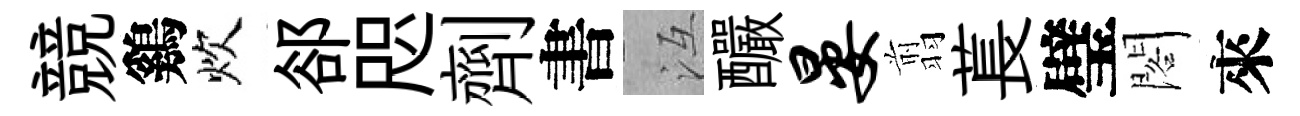
競鷄炊郤咫劑書冱釅晏翦萇璧閣來